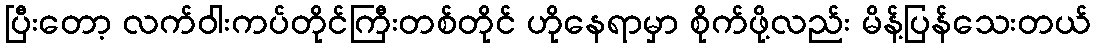
ပြီးတော့ လက်ဝါးကပ်တိုင်ကြီးတစ်တိုင် ဟိုနေရာမှာ စိုက်ဖို့လည်း မိန့်ပြန်သေးတယ်